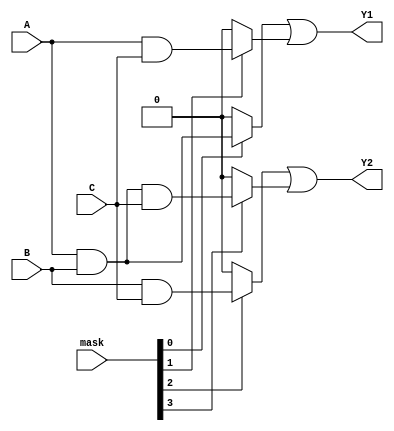
module masked_pal (
    input wire A,      // Input signal A
    input wire B,      // Input signal B
    input wire C,      // Input signal C
    input wire [3:0] mask, // Masking control for AND gates
    output wire Y1,    // Output of OR gate 1
    output wire Y2     // Output of OR gate 2
);

// Programmable AND gates
wire and_out0, and_out1, and_out2, and_out3;

// AND gate 0
assign and_out0 = (mask[0]) ? (A & B) : 1'b0;

// AND gate 1
assign and_out1 = (mask[1]) ? (A & C) : 1'b0;

// AND gate 2
assign and_out2 = (mask[2]) ? (B & C) : 1'b0;

// AND gate 3
assign and_out3 = (mask[3]) ? (A & B & C) : 1'b0;

// Fixed OR gates
assign Y1 = and_out0 | and_out1; // Output from AND gates 0 and 1
assign Y2 = and_out2 | and_out3; // Output from AND gates 2 and 3

endmodule